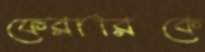
ফেরারিকে